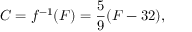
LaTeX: C = f ^ { - 1 } ( F ) = { \frac { 5 } { 9 } } ( F - 3 2 ) ,